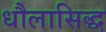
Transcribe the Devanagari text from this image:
धौलासिद्ध